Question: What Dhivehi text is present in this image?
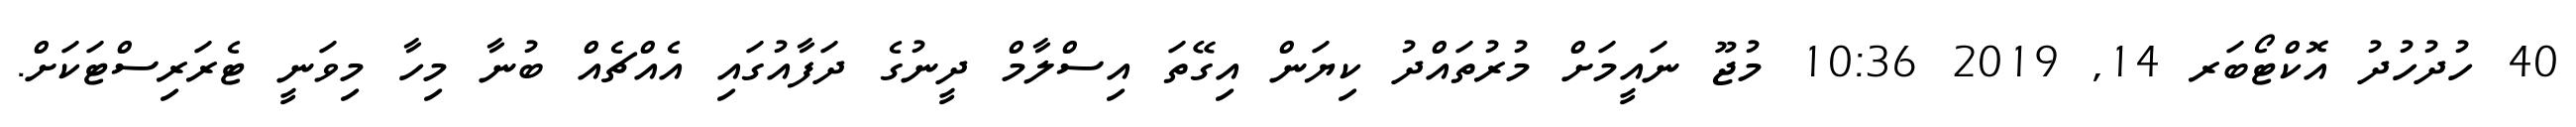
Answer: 40 ހުދުހުދު އޮކްޓޯބަރ 14, 2019 10:36 މުޖޫ ނައީމަށް މުރުތައްދު ކިޔަން އިގޭތަ އިސްލާމް ދީނުގެ ދަފާއުގައި އެއްޗެއް ބުނާ މިހާ މިވަނީ ޓެރަރިސްޓަކަށް.